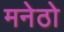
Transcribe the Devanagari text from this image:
मनेठो